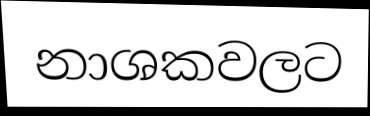
නාශකවලට